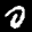
Label: 0